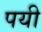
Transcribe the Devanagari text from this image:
पयी